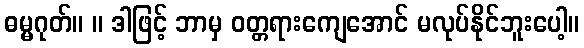
ဓမ္မဂုတ်။ ။ ဒါဖြင့် ဘာမှ ဝတ္တရားကျေအောင် မလုပ်နိုင်ဘူးပေါ့။